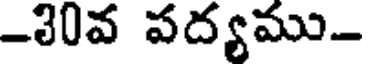
-30వ పద్యము-